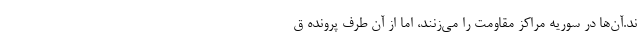
ند.آن‌ها در سوریه مراکز مقاومت را می‌زنند، اما از آن طرف پرونده ق